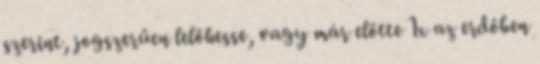
szerint, jogszerűen lelőhesse, vagy már előtte 1x az erdőben